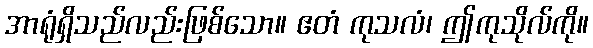
အာရုံရှိသည်လည်းဖြစ်သော။ ဧတံ ကုသလံ၊ ဤကုသိုလ်ကို။